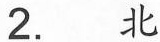
2.北